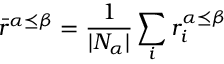
\displaystyle \bar { r } ^ { \alpha \preceq \beta } = \frac { 1 } { | N _ { \alpha } | } \sum _ { i } { r _ { i } ^ { \alpha \preceq \beta } }